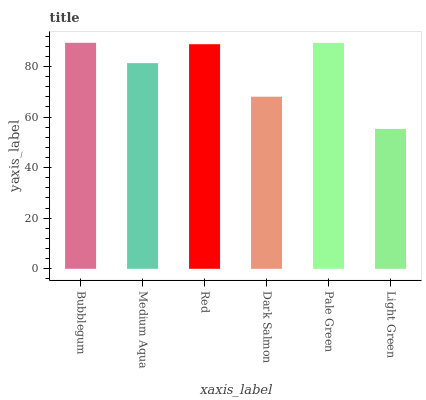
| xaxis_label | bars |
 | --- | --- |
 | Bubblegum | 89.3 |
 | Medium Aqua | 81.3 |
 | Red | 88.8 |
 | Dark Salmon | 68 |
 | Pale Green | 89.3 |
 | Light Green | 55.3 |